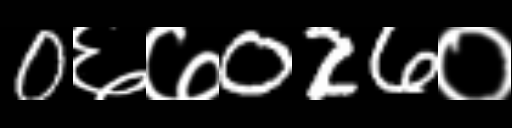
Text: 0६७026०